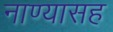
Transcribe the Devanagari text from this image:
नाण्यासह